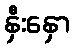
နှီးနှော